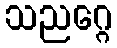
သညဂ္ဂေ